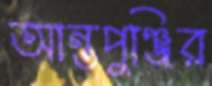
আন্তপুঞ্জির